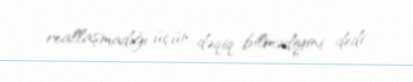
reallaşmadığı üçün dəqiq bilmədiyini dedi.